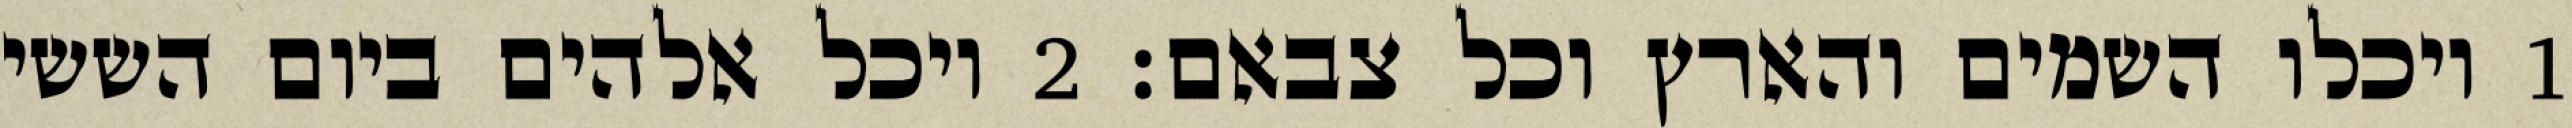
1 ויכלו השמים והארץ וכל צבאם׃ ‎2‏ ויכל אלהים ביום הששי